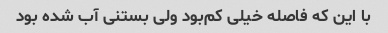
با این که‌ فاصله خیلی کم‌بود ولی بستنی آب شده بود